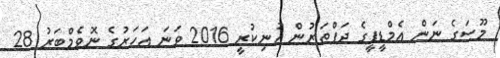
މޫސަގެ ނަން އެމްޑީޕީގެ ދަފްތަރުން އުނިކުރީ 2016 ވަނަ އަހަރުގެ ނޮވެމްބަރު 28